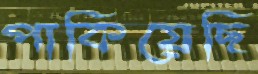
পাকিয়েছি